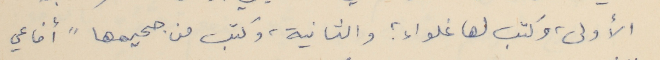
الأولى، وكتب لها غلواء ؛ والثانية، وكتب من جحيمها" أفاعي